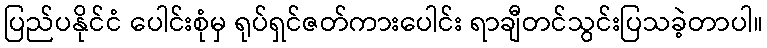
ပြည်ပနိုင်ငံ ပေါင်းစုံမှ ရုပ်ရှင်ဇတ်ကားပေါင်း ရာချီတင်သွင်းပြသခဲ့တာပါ။